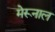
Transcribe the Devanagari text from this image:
मेरूनाल